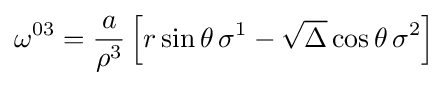
\omega ^{03}={\frac {a}{\rho ^{3}}}\left[r\sin \theta \,\sigma ^{1}-{\sqrt {\Delta }}\cos \theta \,\sigma ^{2}\right]